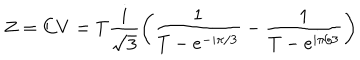
Z = C V = T { \frac { i } { \sqrt { 3 } } } \biggl ( { \frac { 1 } { T - e ^ { - i \pi / 3 } } } - { \frac { 1 } { T - e ^ { i \pi / 3 } } } \biggr )